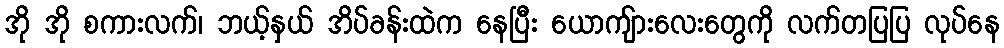
အို အို စကားလက်၊ ဘယ့်နှယ် အိပ်ခန်းထဲက နေပြီး ယောကျ်ားလေးတွေကို လက်တပြပြ လုပ်နေ